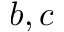
b , c